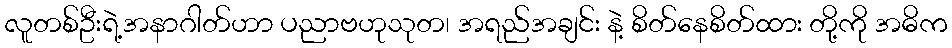
လူတစ်ဦးရဲ့အနာဂါတ်ဟာ ပညာဗဟုသုတ၊ အရည်အချင်း နဲ့ စိတ်နေစိတ်ထား တို့ကို အဓိက